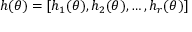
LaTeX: h ( \theta ) = \left[ h _ { 1 } ( \theta ) , h _ { 2 } ( \theta ) , \ldots , h _ { r } ( \theta ) \right]